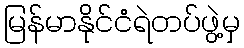
မြန်မာနိုင်ငံရဲတပ်ဖွဲ့မှ